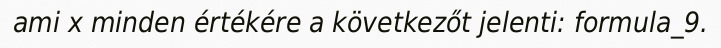
ami x minden értékére a következőt jelenti: formula_9.